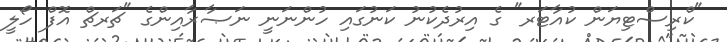
"ކްރިސްޓިޔަން ކުއާޓަރ" ގެ އިރުދެކުނު ކަނުގައި ހުންނަނީ ނަޞާރާއިންގެ "ޗަރޗް އޮފް ހޯލީ